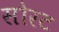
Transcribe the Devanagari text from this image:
सोरट